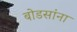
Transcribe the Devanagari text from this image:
बोडसांना